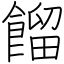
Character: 餾